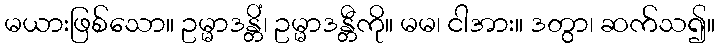
မယားဖြစ်သော။ ဥမ္မာဒန္တိံ၊ ဥမ္မာဒန္တီကို။ မမ၊ ငါအား။ ဒတွာ၊ ဆက်သ၍။